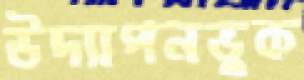
উদ্যাপনভুক